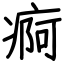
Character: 痾